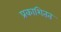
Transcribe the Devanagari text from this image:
प्रकाशितत